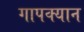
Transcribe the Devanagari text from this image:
गापक्यान